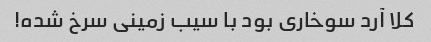
کلا آرد سوخاری بود با سیب زمینی سرخ شده!